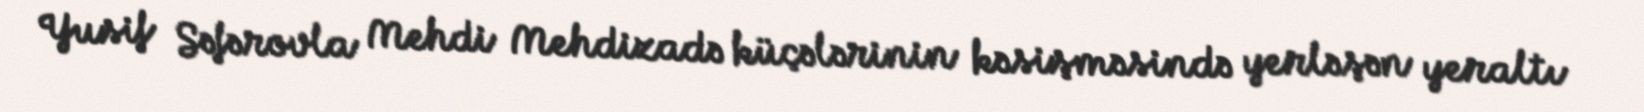
Yusif Səfərovla Mehdi Mehdizadə küçələrinin kəsişməsində yerləşən yeraltı